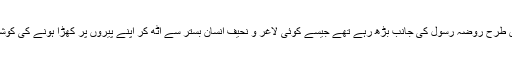
امام شافعیؒ اس طرح روضہ رسولؐ کی جانب بڑھ رہے تھے جیسے کوئی لاغر و نحیف انسان بستر سے اُٹھ کر اپنے پیروں پر کھڑا ہونے کی کوشش کررہا ہو ۔